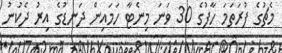
މެޗުގެ ފުރަތަމަ ހާފުގެ 30 ވަނަ މިނެޓާ ހަމައިން ދަނޑުގެ އިރު ދެކުނު